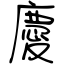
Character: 慶